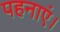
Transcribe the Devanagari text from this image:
पहनाएं।